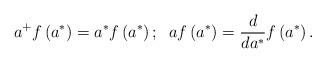
LaTeX: \begin{align*}a^{+}f\left( a^{\ast }\right) =a^{\ast }f\left( a^{\ast }\right) ;\;\;af\left( a^{\ast }\right) =\frac{d}{da^{\ast }}f\left( a^{\ast }\right) .\end{align*}